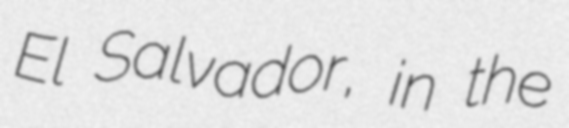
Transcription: El Salvador, in the